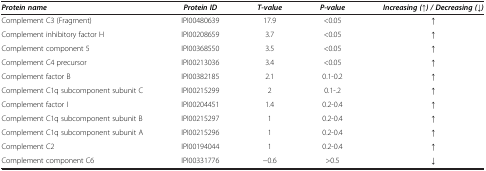
| Protein name | Protein ID | T-value | P-value | Increasing (↑) / Decreasing (↓) |
 | --- | --- | --- | --- | --- |
 | Complement C3 (Fragment) | IPI00480639 | 17.9 | <0.05 | ↑ |
 | Complement inhibitory factor H | IPI00208659 | 3.7 | <0.05 | ↑ |
 | Complement component 5 | IPI00368550 | 3.5 | <0.05 | ↑ |
 | Complement C4 precursor | IPI00213036 | 3.4 | <0.05 | ↑ |
 | Complement factor B | IPI00382185 | 2.1 | 0.1-0.2 | ↑ |
 | Complement C1q subcomponent subunit C | IPI00215299 | 2 | 0.1-.2 | ↑ |
 | Complement factor I | IPI00204451 | 1.4 | 0.2-0.4 | ↑ |
 | Complement C1q subcomponent subunit B | IPI00215297 | 1 | 0.2-0.4 | ↑ |
 | Complement C1q subcomponent subunit A | IPI00215296 | 1 | 0.2-0.4 | ↑ |
 | Complement C2 | IPI00194044 | 1 | 0.2-0.4 | ↑ |
 | Complement component C6 | IPI00331776 | −0.6 | >0.5 | ↓ |